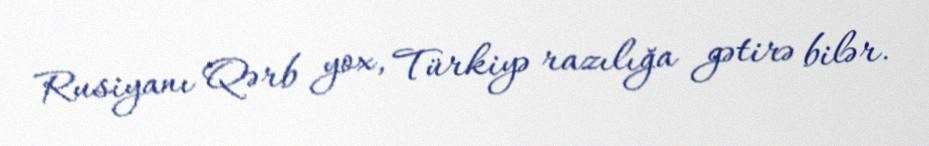
Rusiyanı Qərb yox, Türkiyə razılığa gətirə bilər.